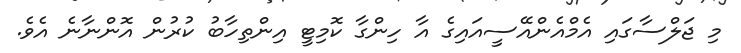
މި ޖަލްސާގައި އެމްއެންއޭސީއައިގެ އާ ހިންގާ ކޮމިޓީ އިންތިހާބު ކުރުން އޮންނާނެ އެވެ.